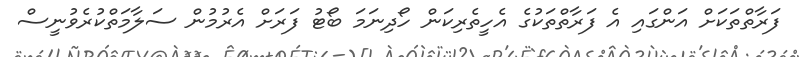
ފަރާތްތަކަށް އަންގައި އެ ފަރާތްތަކުގެ އެހީތެރިކަން ހޯދިނަމަ ބޯޓު ފަރަށް އެރުމުން ސަލާމަތްކުރެވުނީސް